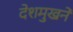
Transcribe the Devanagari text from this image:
देशमुखने